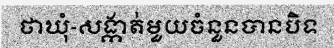
ថាឃុំ-សង្កាត់មួយចំនួនបានបិទ